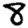
Digit: 8